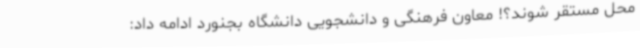
محل مستقر شوند؟! معاون فرهنگی و دانشجویی دانشگاه بجنورد ادامه داد: